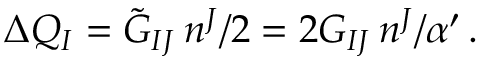
\Delta Q _ { I } = \tilde { G } _ { I J } \, n ^ { J } / 2 = 2 G _ { I J } \, n ^ { J } / \alpha ^ { \prime } \, .